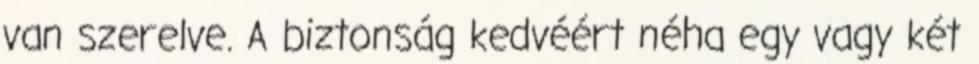
van szerelve. A biztonság kedvéért néha egy vagy két